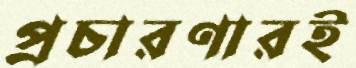
প্রচারণারই